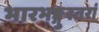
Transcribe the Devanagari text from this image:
भारभङ्गुरतरां